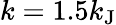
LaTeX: k=1.5k_{\mathrm{J}}